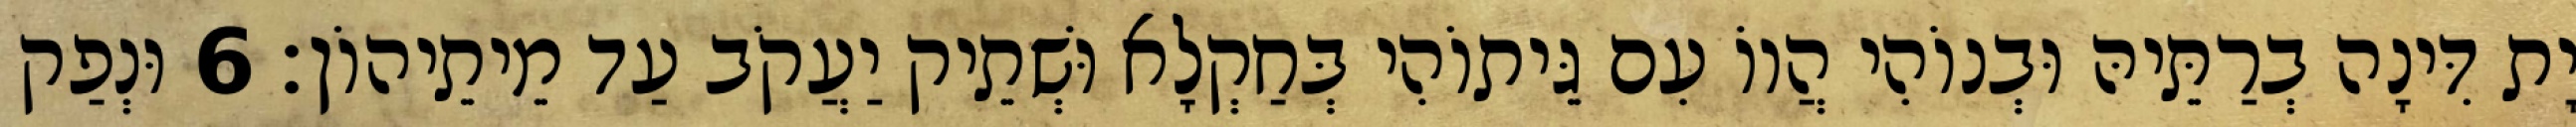
יָת דִּינָה בְרַתֵּיהּ וּבְנוֹהִי הֲווֹ עִם גֵּיתוֹהִי בְּחַקְלָא וּשְׁתֵיק יַעֲקֹב עַד מֵיתֵיהוֹן׃ 6 וּנְפַק